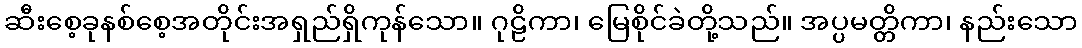
ဆီးစေ့ခုနစ်စေ့အတိုင်းအရှည်ရှိကုန်သော။ ဂုဠိကာ၊ မြေစိုင်ခဲတို့သည်။ အပ္ပမတ္တိကာ၊ နည်းသော